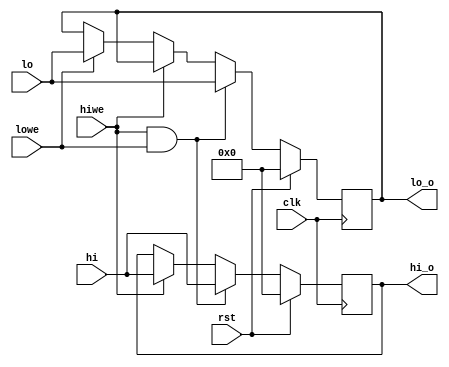
`timescale 1ns / 1ps
module hiloreg(
	input wire clk,rst,hiwe,lowe,
	input wire[31:0] hi,lo,
	output reg[31:0] hi_o,lo_o
    );
	
	always @(negedge clk) begin
		if(rst) begin
			hi_o <= 0;
			lo_o <= 0;
		end else if (hiwe & lowe) begin
			hi_o <= hi;
			lo_o <= lo;
		end else if (hiwe) begin
			hi_o <= hi;
		end else if (lowe) begin
			lo_o <= lo;
		end 
	end
endmodule